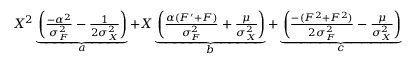
\begin{array} { r } { X ^ { 2 } \underbrace { \left( \frac { - \alpha ^ { 2 } } { \sigma _ { F } ^ { 2 } } - \frac { 1 } { 2 \sigma _ { X } ^ { 2 } } \right) } _ { a } + X \underbrace { \left( \frac { \alpha ( F ^ { \prime } + F ) } { \sigma _ { F } ^ { 2 } } + \frac { \mu } { \sigma _ { X } ^ { 2 } } \right) } _ { b } + \underbrace { \left( \frac { - ( F ^ { 2 } + F ^ { 2 } ) } { 2 \sigma _ { F } ^ { 2 } } - \frac { \mu } { \sigma _ { X } ^ { 2 } } \right) } _ { c } } \end{array}